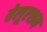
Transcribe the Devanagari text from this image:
वेलूएशन